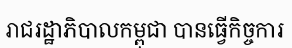
រាជរដ្ឋាភិបាលកម្ពុជា បានធ្វើកិច្ចការ